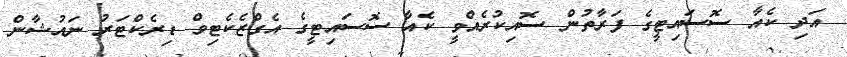
އަދި ކެއާ ސޮސައިޓީގެ ފަރާތުން ސޮއިކުރެއްވީ ކެއާ ސޮސައިޓީގެ އެގްޒެކެޓިވް ޑިރެކްޓަރު ނައުޝާން